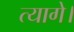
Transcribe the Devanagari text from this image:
त्यागे।